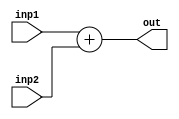
`timescale 1ns / 1ps
//////////////////////////////////////////////////////////////////////////////////
// Company: 
// Engineer: 
// 
// Design Name: 
// Module Name:    adder 
// Project Name: 
// Target Devices: 
// Tool versions: 
// Description: 
//
// Dependencies: 
//
// Revision: 
// Revision 0.01 - File Created
// Additional Comments: 
//
//////////////////////////////////////////////////////////////////////////////////
module adder
 #(parameter bitwidth=15)
(
output [bitwidth-1:0] out,
input [bitwidth-1:0] inp1,inp2
);

assign out=inp1+inp2;
endmodule